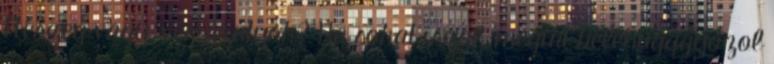
Részeg vagy, vén szutyok? Ha sokat iszol, megint belehugggyozol